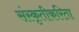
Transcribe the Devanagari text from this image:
संस्कृतीकरिता